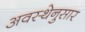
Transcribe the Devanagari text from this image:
अवस्थेनुसार